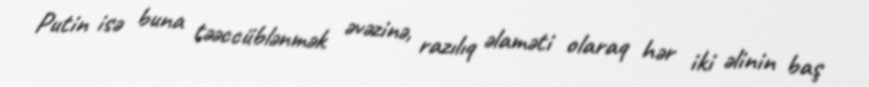
Putin isə buna təəccüblənmək əvəzinə, razılıq əlaməti olaraq hər iki əlinin baş